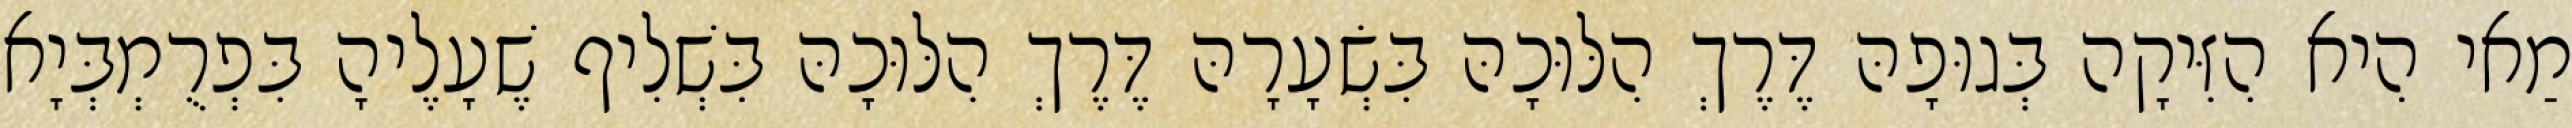
מַאי הִיא הִזִּיקָה בְּגוּפָהּ דֶּרֶךְ הִלּוּכָהּ בִּשְׂעָרָהּ דֶּרֶךְ הִלּוּכָהּ בִּשְׁלִיף שֶׁעָלֶיהָ בִּפְרֻמְבְּיָא